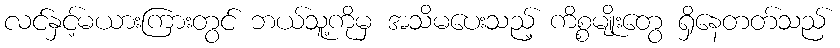
လင်နှင့်မယားကြားတွင် ဘယ်သူ့ကိုမှ အသိမပေးသည့် ကိစ္စမျိုးတွေ ရှိနေတတ်သည်